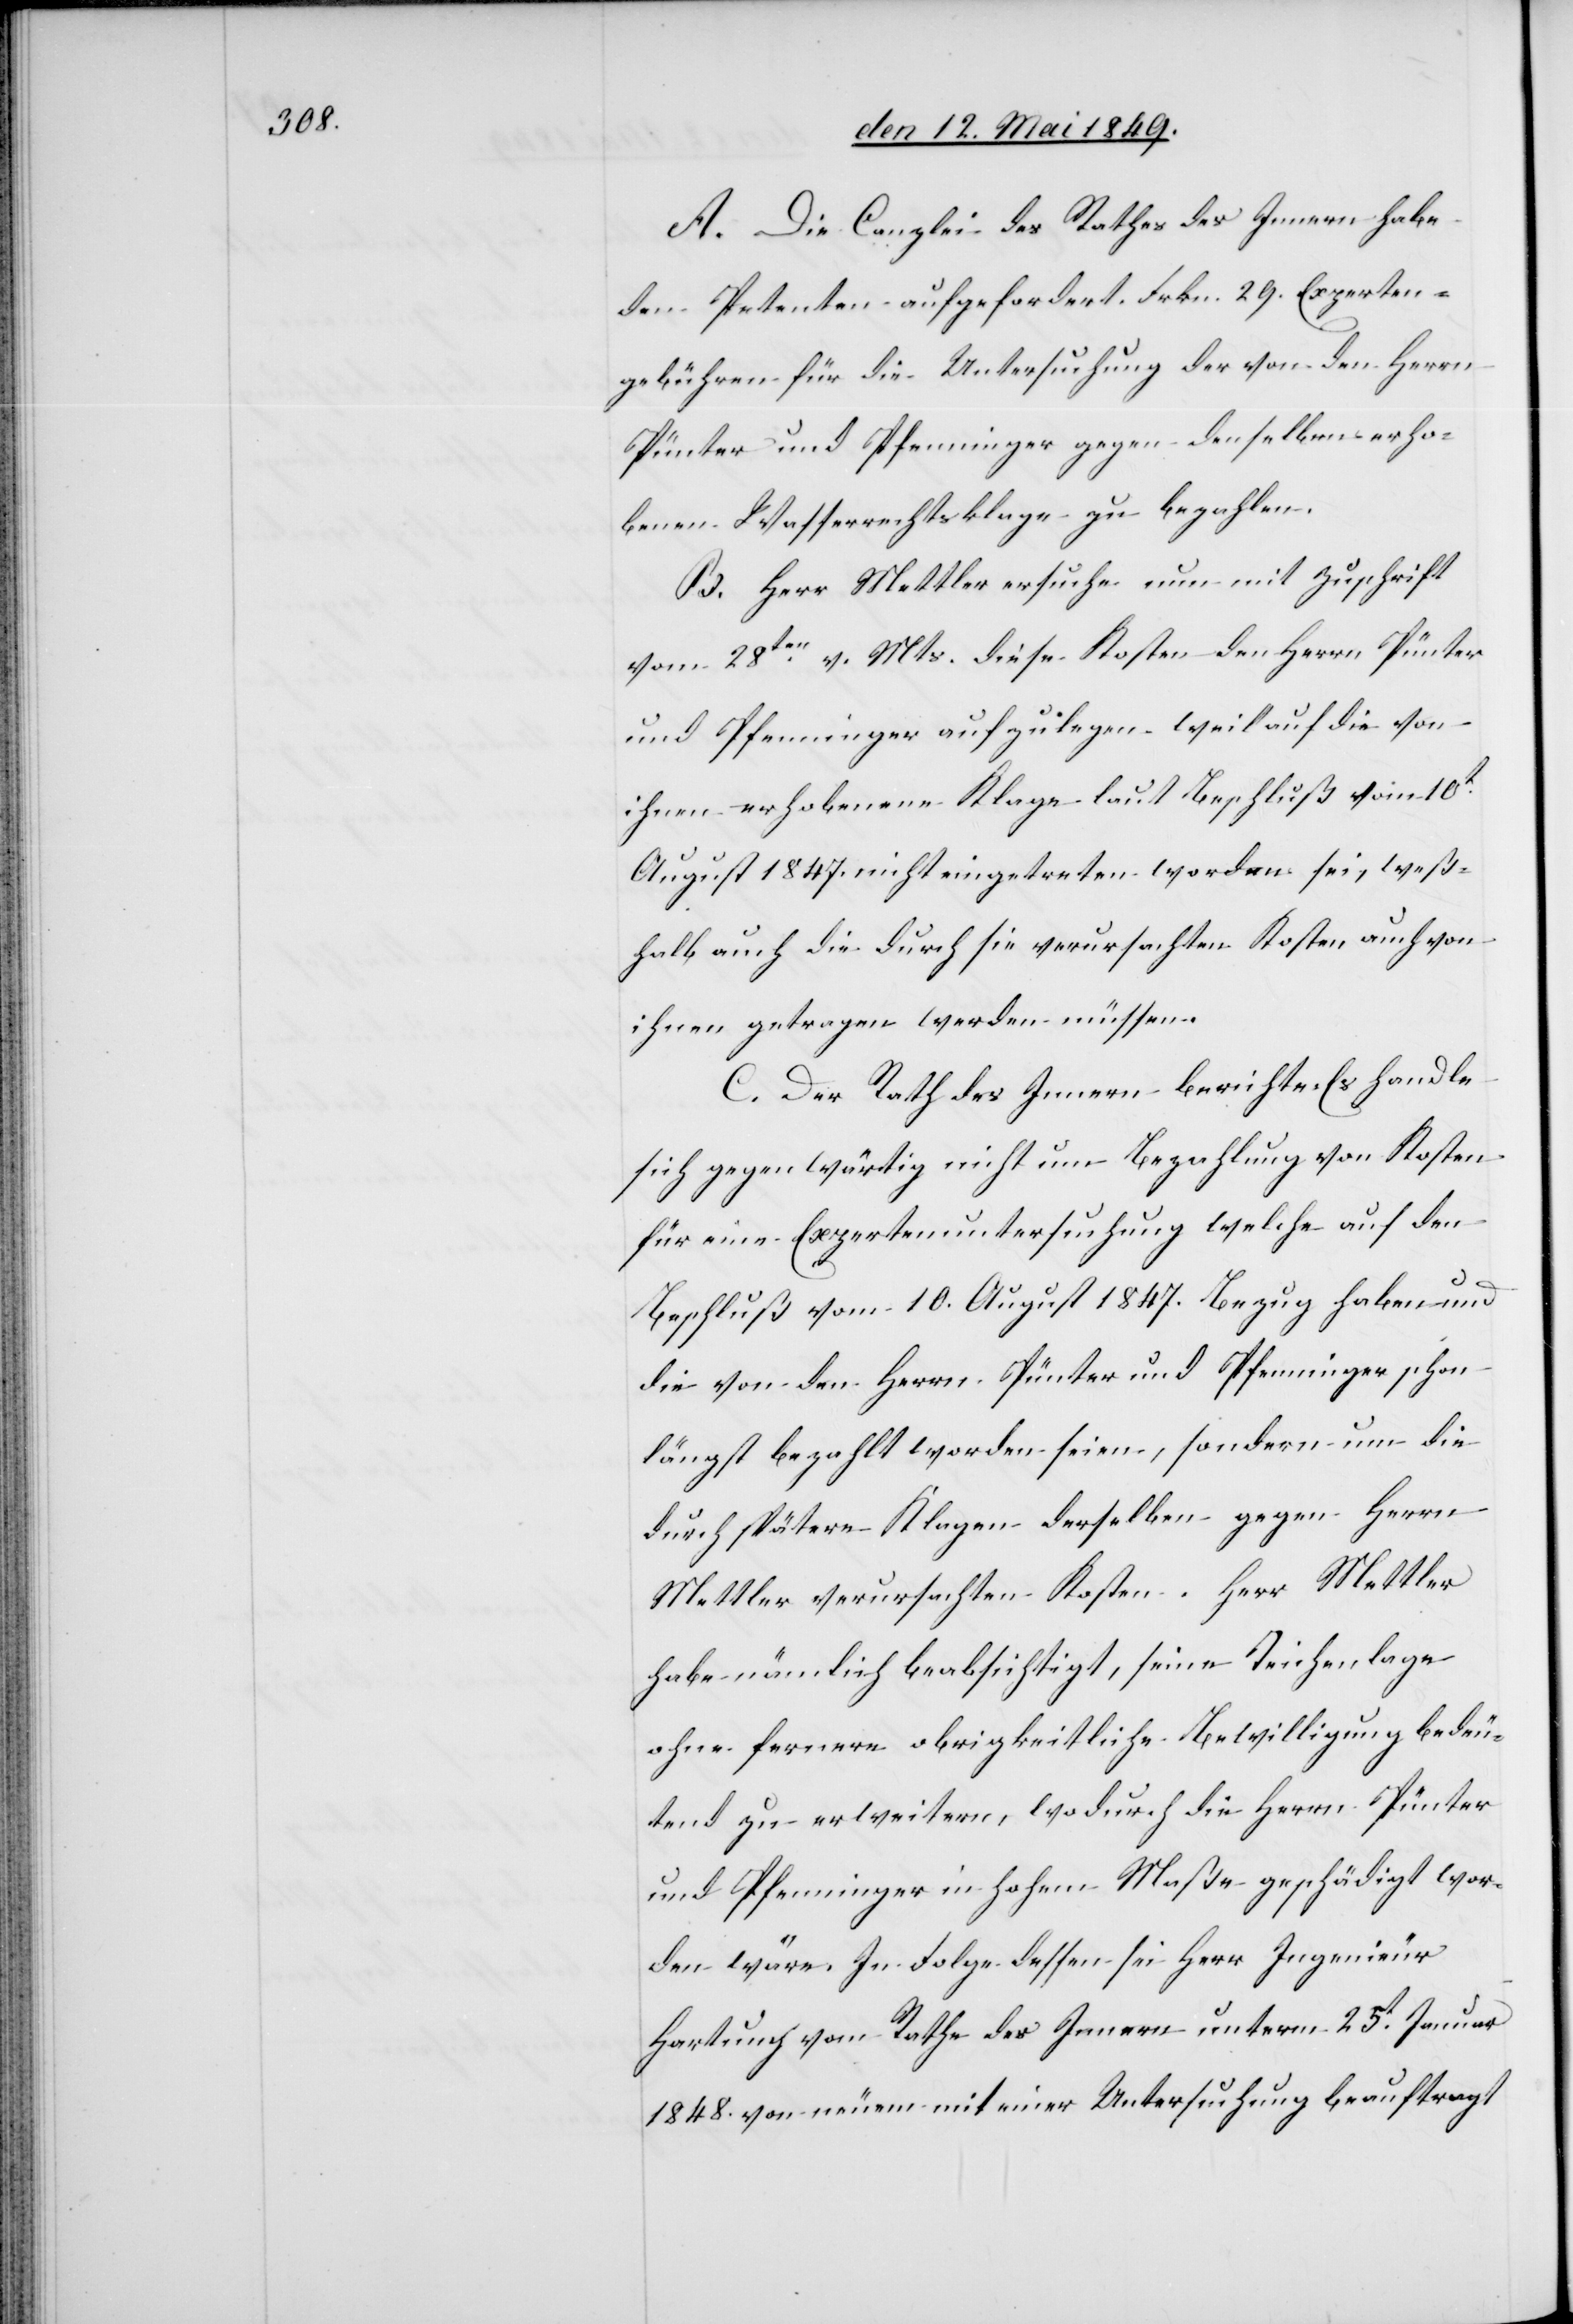
A. Die Canzlei des Rathes des Innern habe
den Petenten aufgefordert Frkn. 29. Experten¬
gebühren für die Untersuchung der von den Herrn
Pünter und Pfenninger gegen denselben erho¬
benen Wasserrechtsklage zu bezahlen.
B. Herr Mettler ersuche nun mit Zuschrift
vom 28ten v. Mts. diese Kosten den Herrn Pünter
und Pfenninger aufzulegen, weil auf die von
ihnen erhobenen Klage laut Beschluß vom 10t
August 1847. nicht eingetreten worden sei, weß¬
halb auch die durch sie verursachten Kosten auch von
ihnen getragen werden müssen.
C. Der Rath des Innern berichte: Es handle
sich gegenwärtig nicht um Bezahlung von Kosten
für eine Expertenuntersuchung welche auf den
Beschluß vom 10. August 1847. Bezug haben und
die von den Herrn Pünter und Pfenninger schon
längst bezahlt worden seien, sondern um die
durch spätere Klagen derselben gegen Herrn
Mettler verursachten Kosten. Herr Mettler
habe nämlich beabsichtigt, seine Teichenlage
ohne fernere obrigkeitliche Bewilligung bedeu¬
tend zu erweitern, wodurch die Herrn Pünter
und Pfenninger in hohem Maße geschädigt wor¬
den wäre. In Folge dessen sei Herr Ingenieur
Hartung vom Rathe des Innern unterm 25t Januar
1848. von neuem mit einer Untersuchung beauftragt